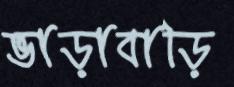
ভাড়াবাড়ি